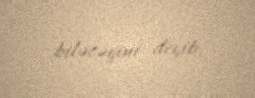
biləcəyini deyib.